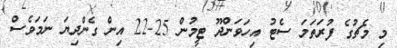
މި މެޗުގެ ފުރަތަމަ ސެޓު އިހަވަންދޫ ޓީމުން 25-22 އިން ގެންދިޔަ ނަމަވެސް